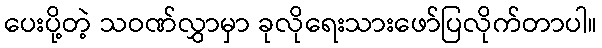
ပေးပို့တဲ့ သဝဏ်လွှာမှာ ခုလိုရေးသားဖော်ပြလိုက်တာပါ။